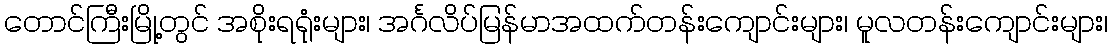
တောင်ကြီးမြို့တွင် အစိုးရရုံးများ၊ အင်္ဂလိပ်မြန်မာအထက်တန်းကျောင်းများ၊ မူလတန်းကျောင်းများ၊